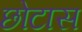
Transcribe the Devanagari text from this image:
छोटास